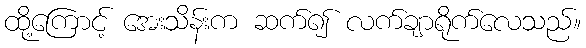
ထို့ကြောင့် အေးသိန်းက ဆက်၍ လက်ချာရိုက်လေသည်။